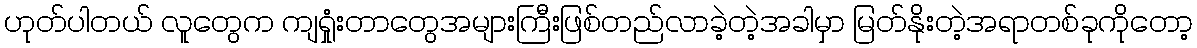
ဟုတ်ပါတယ် လူတွေက ကျရှုံးတာတွေအများကြီးဖြစ်တည်လာခဲ့တဲ့အခါမှာ မြတ်နိုးတဲ့အရာတစ်ခုကိုတော့